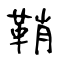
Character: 鞘